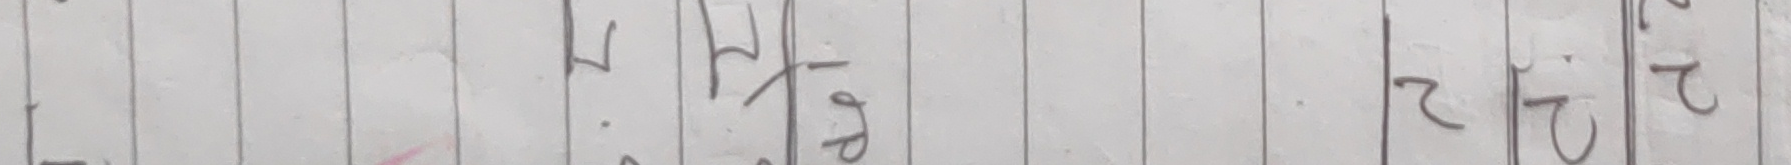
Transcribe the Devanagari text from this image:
१ प घ १ २ प २